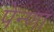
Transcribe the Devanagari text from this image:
पेन्णा